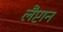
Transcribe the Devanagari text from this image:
लैप्टान